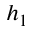
h _ { 1 }